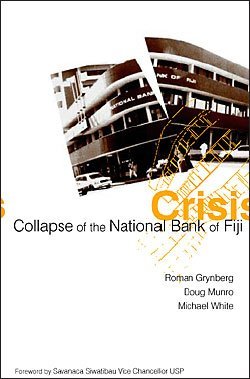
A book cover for Crisis: The Collapse of the National Bank of Fiji; Roman Grynberg; History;